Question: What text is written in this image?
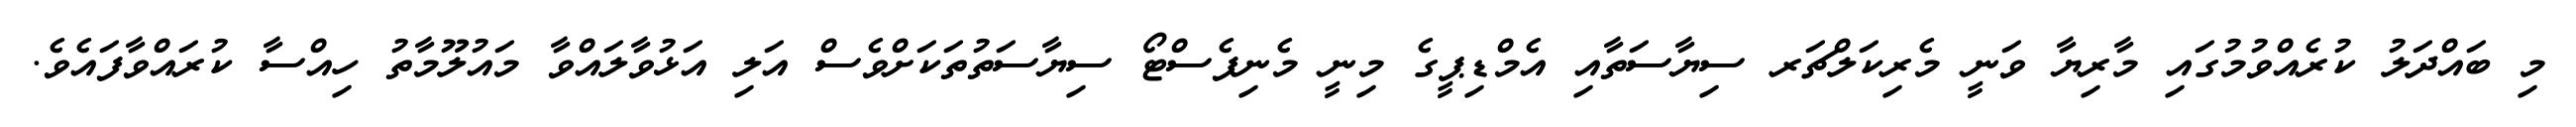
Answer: މި ބައްދަލު ކުރެއްވުމުގައި މާރިޔާ ވަނީ މެރިކަލްޗަރ ސިޔާސަތާއި އެމްޑިޕީގެ މިނީ މެނިފެސްޓޯ ސިޔާސަތުތަކަށްވެސް އަލި އަޅުވާލައްވާ މައުލޫމާތު ހިއްސާ ކުރައްވާފައެވެ.